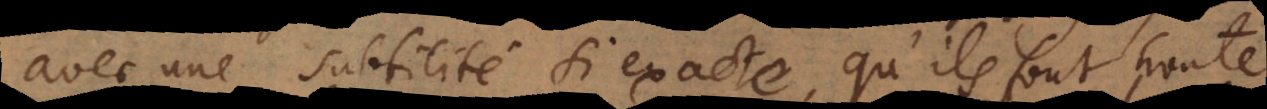
avec une subtilité si exacte, qu’ils font honte